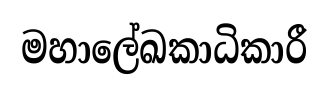
මහාලේඛකාධිකාරී